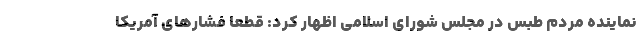
نماینده مردم طبس در مجلس شورای اسلامی اظهار کرد: قطعا فشارهای آمریکا